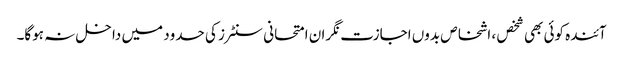
آئندہ کوئی بھی شخص ، اشخاص بدوں اجازت نگران امتحانی سنٹرز کی حدود میں داخل نہ ہوگا۔